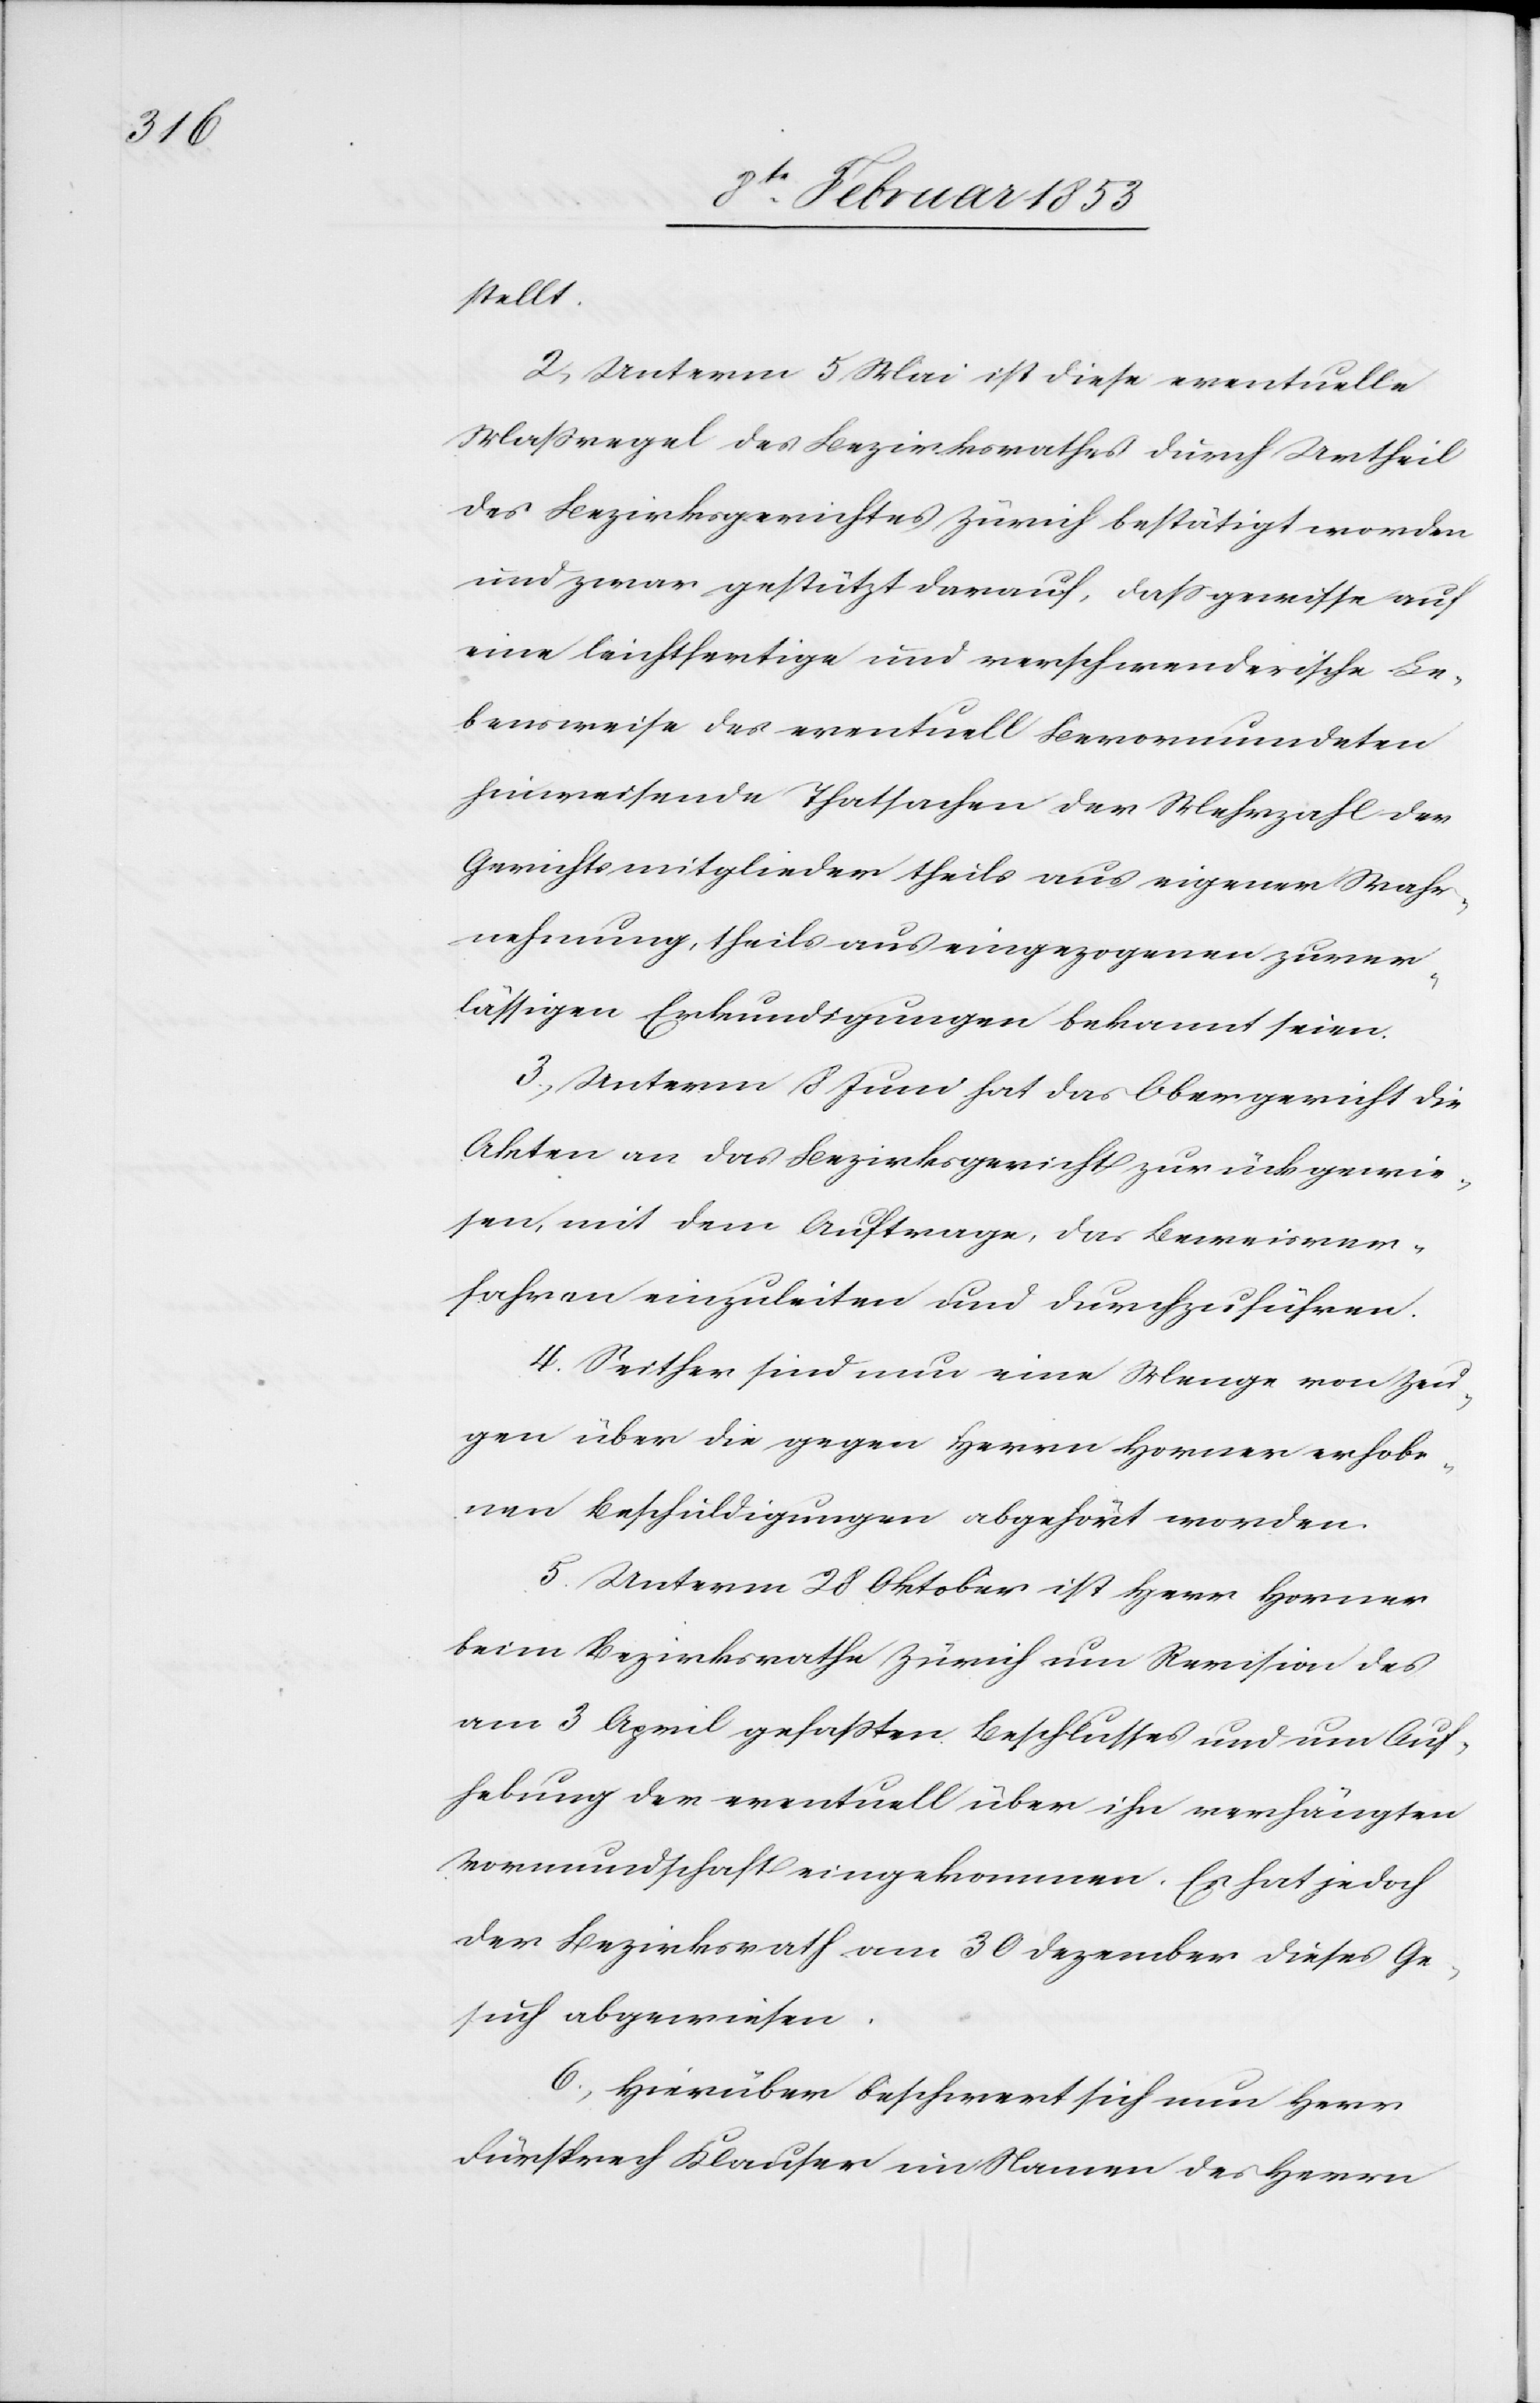
stellt.
2, Unterm 5 Mai ist diese eventuelle
Maßregel des Bezirksrathes durch Urtheil
des Bezirksgerichtes Zürich bestätigt worden
und zwar gestützt darauf, daß gewiße auf
eine leichtfertige und verschwenderische Le¬
bensweise des eventuell Bevormundeten
hinweisende Thatsachen der Mehrzahl der
Gerichtsmitglieder theils aus eigener Wahr¬
nehmung, theils aus eingezogenen zuver¬
lässigen Erkundigungen bekannt seien.
3, Unterm 8 Juni hat das Obergericht die
Akten an das Bezirksgericht zurückgewie¬
sen, mit dem Auftrage, das Beweisver¬
fahren einzuleiten und durchzuführen.
4, Seither sind nun eine Menge von Zeu¬
gen über die gegen Herrn Horner erhobe¬
nen Beschuldigungen abgehört worden.
5. Unterm 28 Oktober ist Herr Horner
beim Bezirksrathe Zürich um Revision des
am 3 April gefaßten Beschlußes und um Auf¬
hebung der eventuell über ihr verhängten
Vormundschaft eingekommen. Es hat jedoch
der Bezirksrath vom 30 Dezember dieses Ge¬
such abgewiesen.
6, Hierüber beschwert sich nun Herr
Fürsprech Klauser im Namen des Herrn